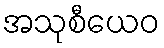
အသုစီယေဝ